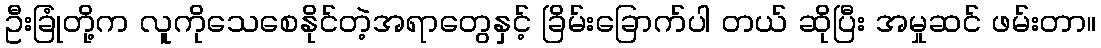
ဦးခြုံတို့က လူကိုသေစေနိုင်တဲ့အရာတွေနှင့် ခြိမ်းခြောက်ပါ တယ် ဆိုပြီး အမှုဆင် ဖမ်းတာ။